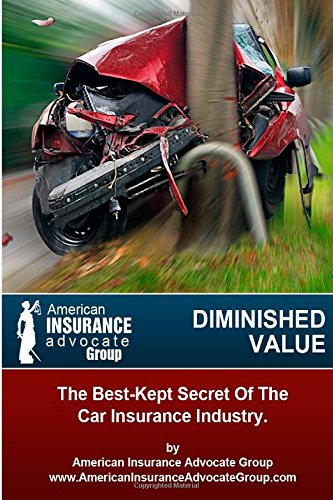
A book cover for Diminished Value?The Best-Kept Secret Of The Car Insurance Industry; christian vazquez; Law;